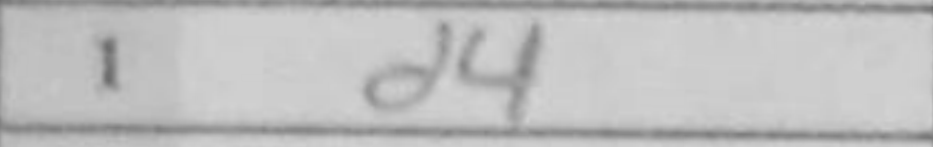
Transcription: d4